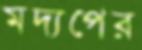
মদ্যপের